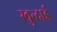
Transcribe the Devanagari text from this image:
खुन्दाई